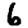
Digit: 6